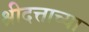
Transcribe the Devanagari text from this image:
श्रीदत्ताच्या